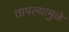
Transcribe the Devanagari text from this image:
तापल्यामुळे